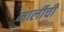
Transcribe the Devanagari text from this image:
मार्लीची